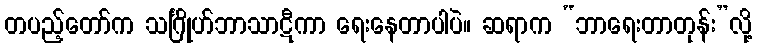
တပည့်တော်က သင်္ဂြိုဟ်ဘာသာဋီကာ ရေးနေတာပါပဲ။ ဆရာက “ဘာရေးတာတုန်း”လို့